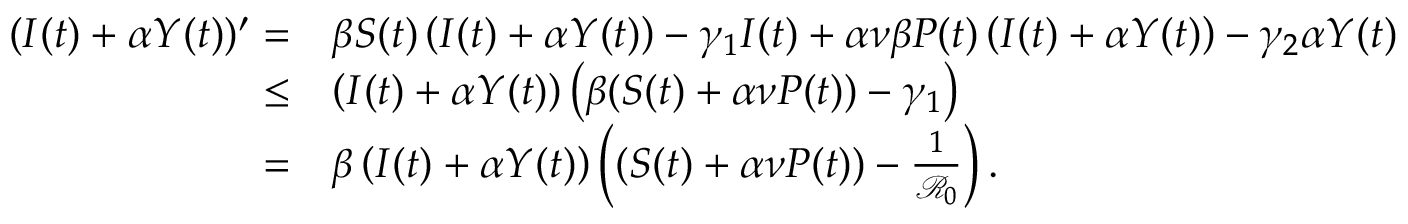
\begin{array} { r l } { ( I ( t ) + \alpha Y ( t ) ) ^ { \prime } = } & { \beta S ( t ) \left( I ( t ) + \alpha Y ( t ) \right) - \gamma _ { 1 } I ( t ) + \alpha \nu \beta P ( t ) \left( I ( t ) + \alpha Y ( t ) \right) - \gamma _ { 2 } \alpha Y ( t ) } \\ { \leq } & { \left( I ( t ) + \alpha Y ( t ) \right) \left( \beta ( S ( t ) + \alpha \nu P ( t ) ) - \gamma _ { 1 } \right) } \\ { = } & { \beta \left( I ( t ) + \alpha Y ( t ) \right) \left( ( S ( t ) + \alpha \nu P ( t ) ) - \frac { 1 } { \mathcal { R } _ { 0 } } \right) . } \end{array}